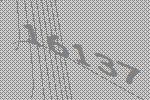
16137